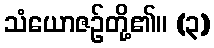
သံယောဇဉ်တို့၏။ (၃)